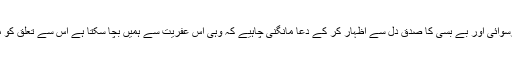
ہمیں اس خالقِ ارض و سماں کے حضور اپنی ذلت و رسوائی اور بے بسی کا صدقِ دل سے اظہار کر کے دعا مانگنی چاہیے کہ وہی اس عفریت سے ہمیں بچا سکتا ہے اس سے تعلق کو مضبوط کرنے اسی سے مدد کرنے کی ضرورت ہے۔